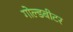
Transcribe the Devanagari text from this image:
गोल्डबीटर